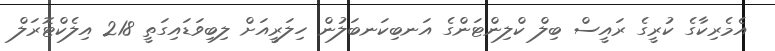
އެމެރިކާގެ ކުރީގެ ރައީސް ބިލް ކްލިންޓަންގެ އަނބިކަނބަލުން ހިލަރީއަށް ލިބިވަޑައިގަތީ 218 އިލެކްޓޮރަލް